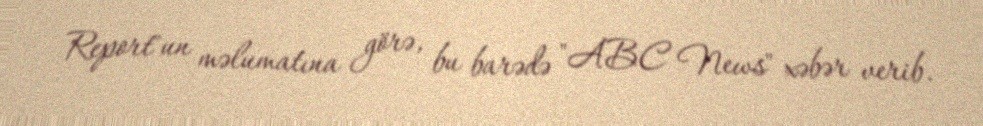
Report"un məlumatına görə, bu barədə "ABC News" xəbər verib.